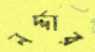
নর্দ্দার